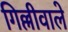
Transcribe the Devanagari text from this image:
गिल्लीवाले